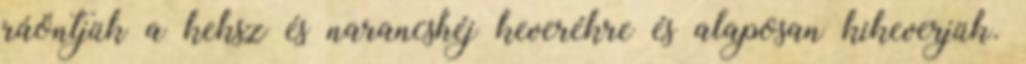
ráöntjük a keksz és narancshéj keverékre és alaposan kikeverjük.